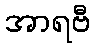
အာရဗီ